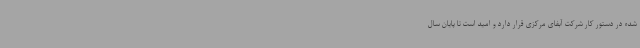
شده در دستور کار شرکت آبفای مرکزی قرار دارد و امید است تا پایان سال